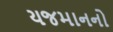
યજમાનનો